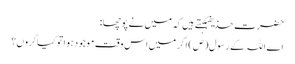
حضرت حذیفہکہتے ہیں کہ میں نے پوچھا:
اے اللہ کے رسول(ص) اگر میں اس وقت موجود ہوا تو کیا کروں؟